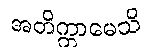
အတိက္ကာမေသိ